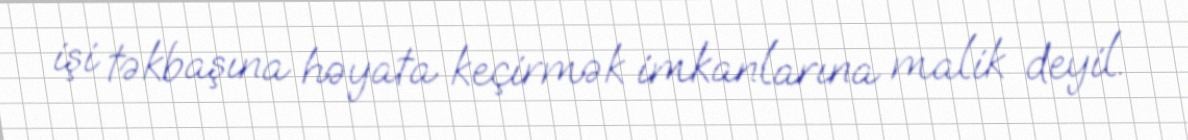
işi təkbaşına həyata keçirmək imkanlarına malik deyil.